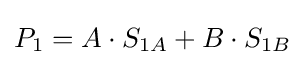
P_{1}=A\cdot S_{1A}+B\cdot S_{1B}